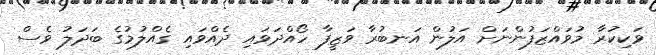
ވަކިކުރާ މުވައްޒަފުންނަށް އަލުން އަނބުރާ ވަޒީފާ ހޯއްދަވައި ދެއްވައި ގެއްލުމުގެ ބަދަލު ވެސް